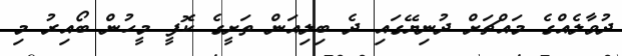
ދުވާލެއްގެ މައްޗަށް ދުނިޔޭގައި ދެ ބިލިއަން ތަށީގެ ކޮފީ މީހުން ބޯއިރު މި